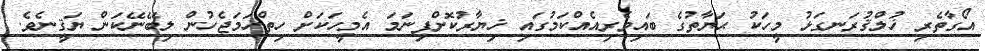
އޯގާތެރި ޚުލްޤުރަނގަޅު މީހަކު ޙަޔާތުގެ ބައިވެރިއެއްކަމުގައި ޚިޔާރުކޮށްފިނަމަ އެމީހަކަށް ހިތްހަމަޖެހުން ލިބޭނޭކަން ޔަޤީނެވެ.